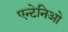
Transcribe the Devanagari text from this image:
एन्टेनिओ